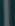
|